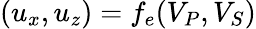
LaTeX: ({u_{x}},{u_{z}})=f_{e}({V_{P},V_{S}})